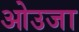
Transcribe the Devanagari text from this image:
ओउजा